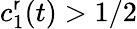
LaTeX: c_{1}^{\mathsf{r}}(t)>1/2